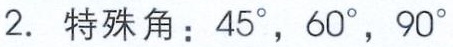
2. 特殊角：\(45^{\circ}, 60^{\circ}, 90^{\circ}\)